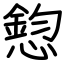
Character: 憌